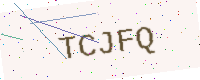
Text: TCJFQ